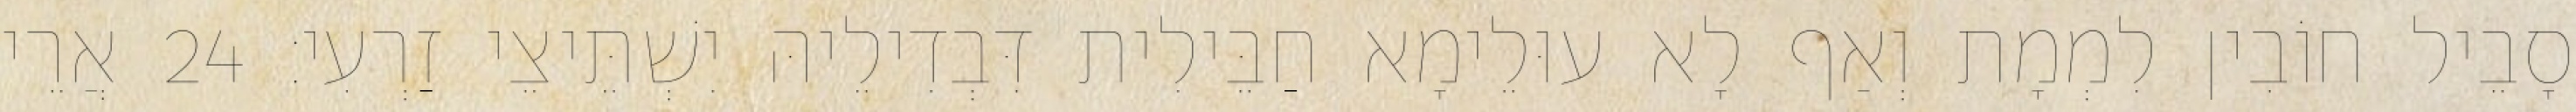
סָבֵיל חוֹבִין לִמְמָת וְאַף לָא עוּלֵימָא חַבֵּילִית דִּבְדִילֵיהּ יִשְׁתֵּיצֵי זַרְעִי׃ 24 אֲרֵי